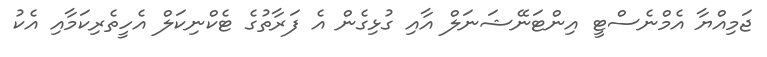
ޖަމިއްޔާ އެމްނެސްޓީ އިންޓަނޭޝަނަލް އާއި ގުޅިގެން އެ ފަރާތުގެ ޓެކްނިކަލް އެހީތެރިކަމާއި އެކު